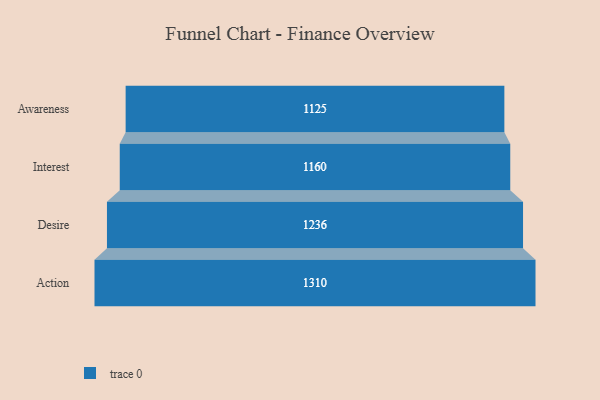
{"axis": {"x": "Stage", "y": "Value"}, "legend": [""], "data": [{"x": "Awareness", "y": 1125.0, "type": ""}, {"x": "Interest", "y": 1160.0, "type": ""}, {"x": "Desire", "y": 1236.0, "type": ""}, {"x": "Action", "y": 1310.0, "type": ""}]}